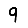
Digit: 9